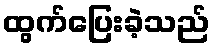
ထွက်ပြေးခဲ့သည်